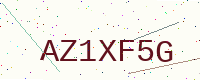
Text: AZ1XF5G